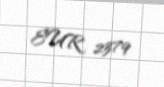
EUR 2379